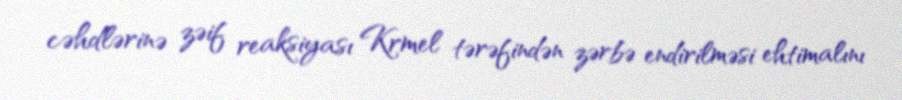
cəhdlərinə zəif reaksiyası Krmel tərəfindən zərbə endirilməsi ehtimalını